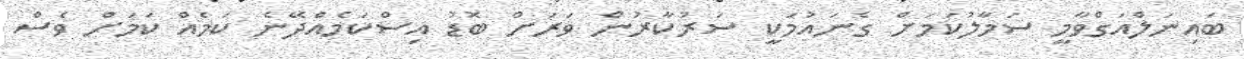
ބައިނަލްއަގްވާމީ ސަމާލުކަމަށް ގެނައުމަކީ ސަރުކާރުން ވަރަށް ބޮޑު އިސްކަމެއްދޭނެ ކަމެއް ކަމަށް ވެސް